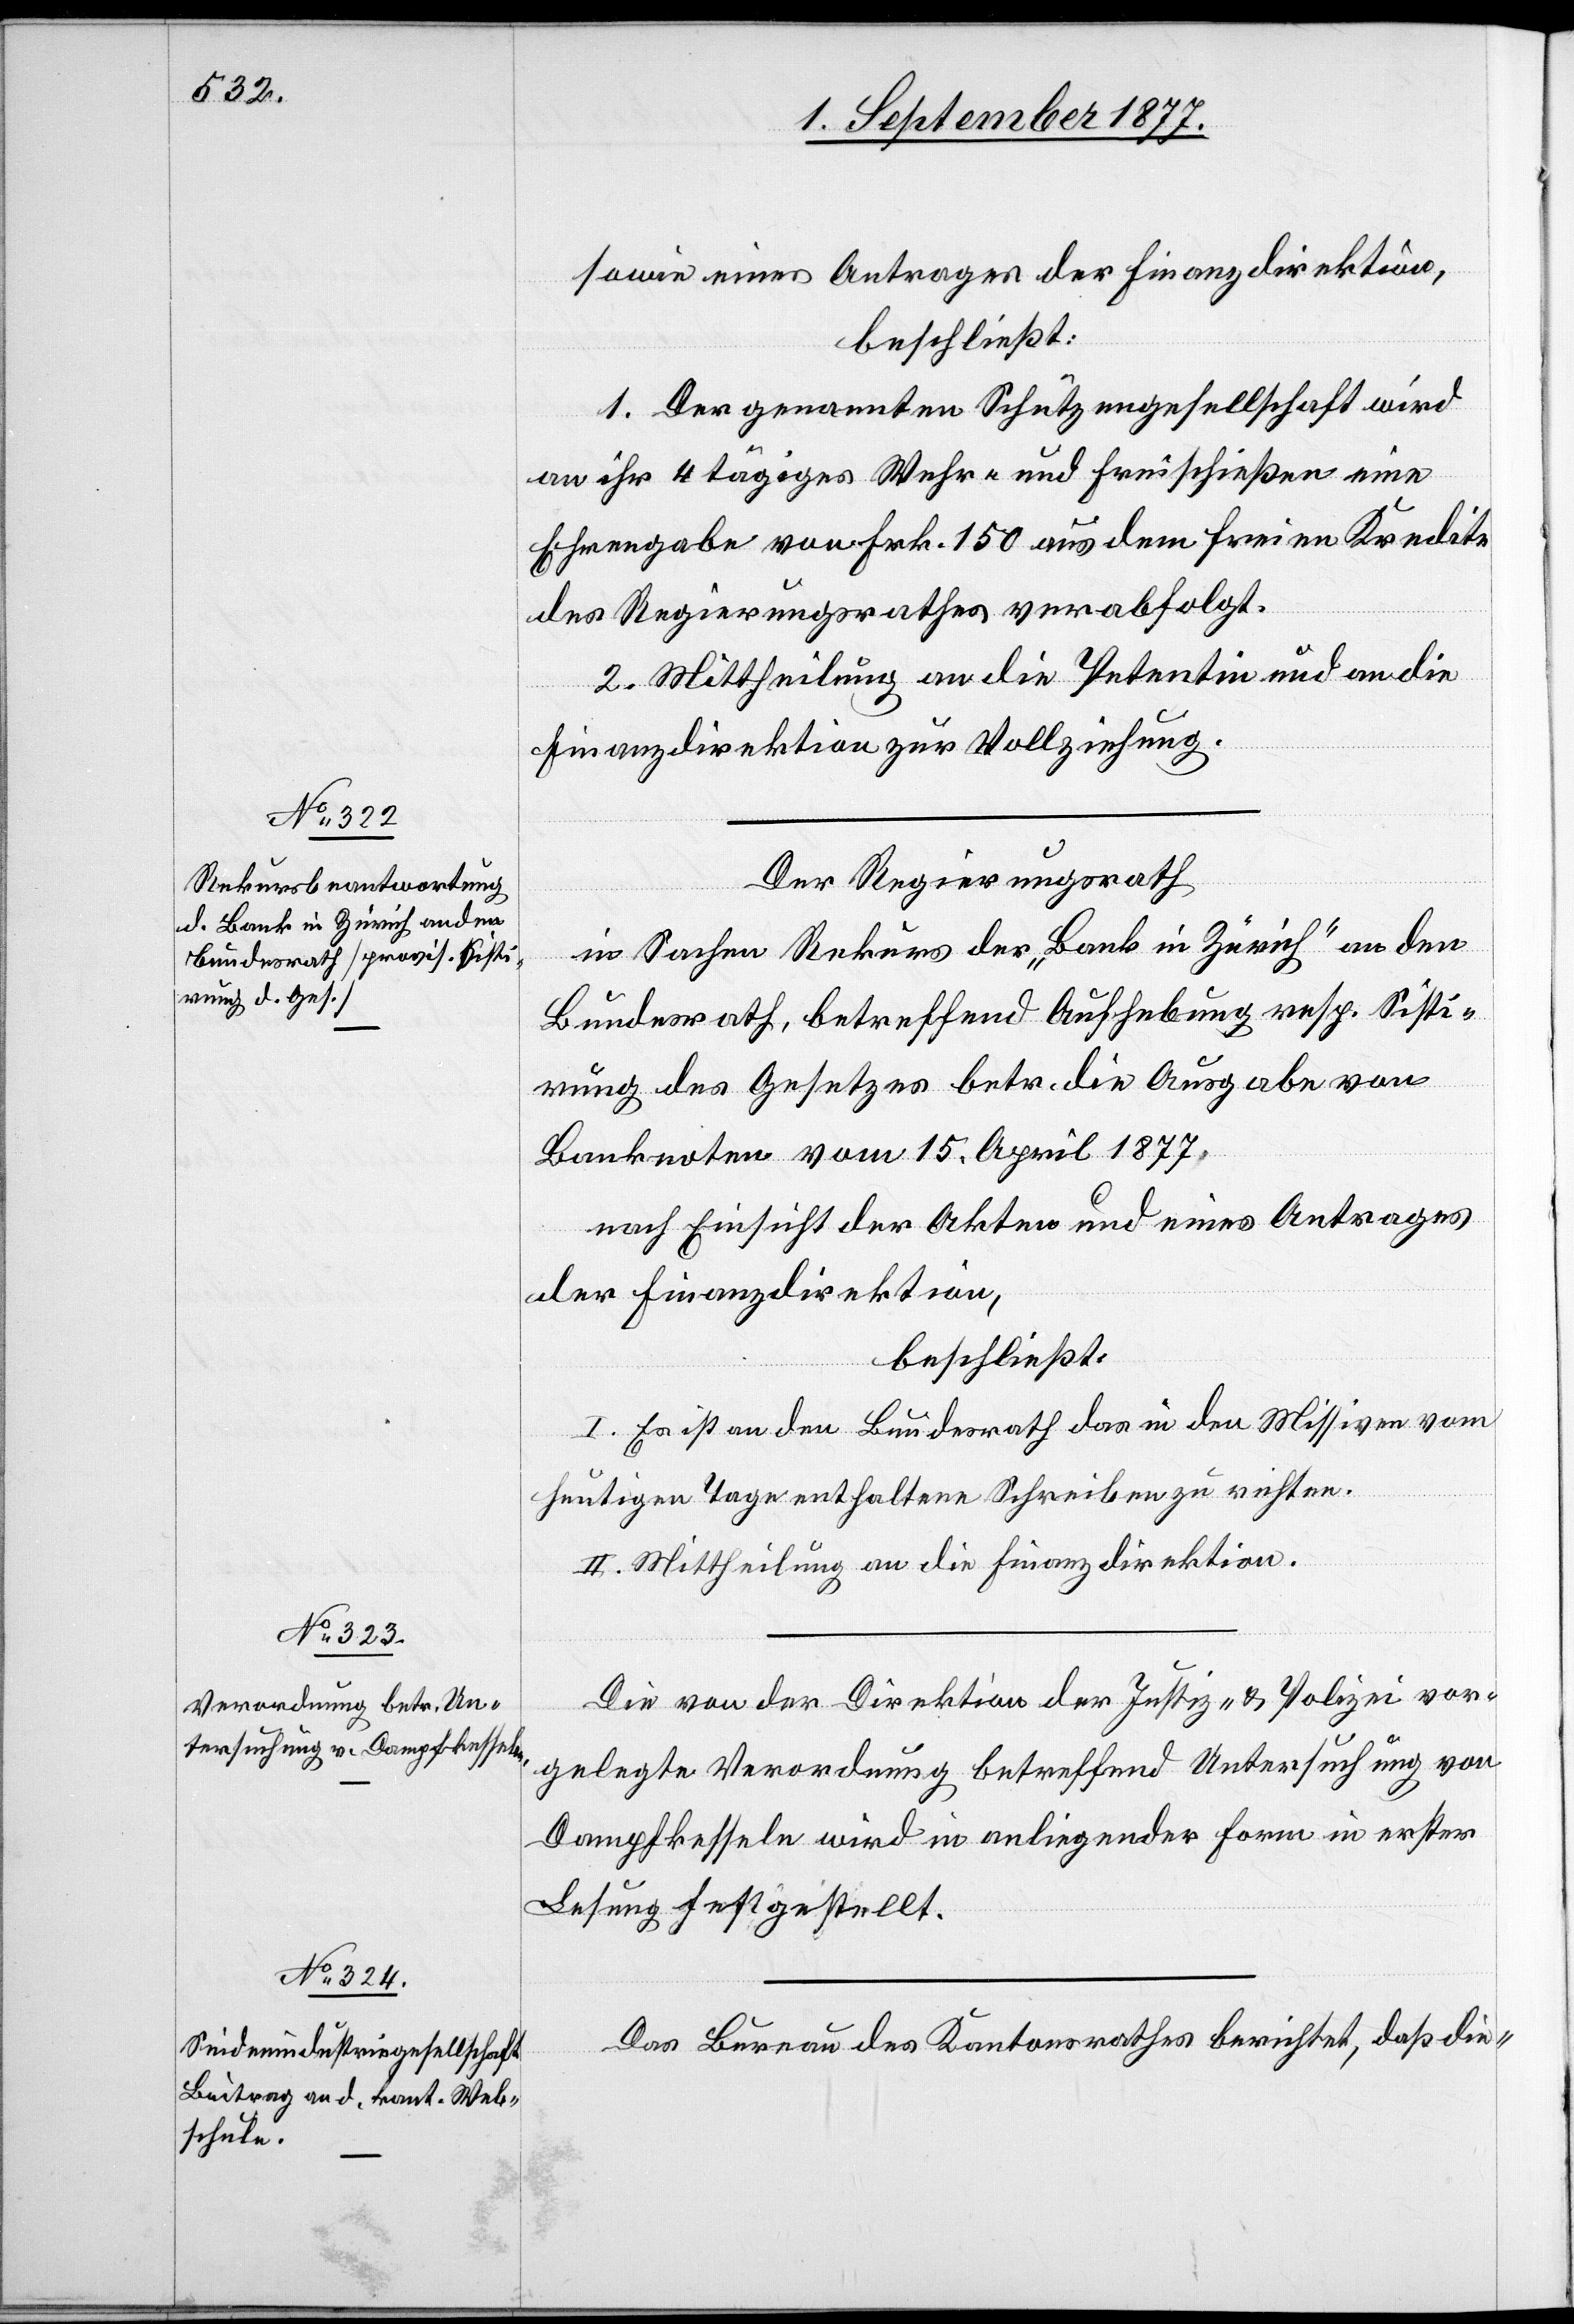
sowie eines Antrages der Finanzdirektion,
beschließt:
1. Der genannten Schützengesellschaft wird
an ihr 4 tägiges Wehr- und Freischießen eine
Ehrengabe von Frk. 150 aus dem freien Kredite
des Regierungsrathes verabfolgt.
2. Mittheilung an die Petentin und an die
Finanzdirektion zur Vollziehung.
Der Regierungsrath
in Sachen Rekurs der „Bank in Zürich“ an den
Bundesrath, betreffend Aufhebung resp. Sisti¬
rung des Gesetzes betr. die Ausgabe von
Banknoten vom 15. April 1877,
nach Einsicht der Akten und eines Antrages
der Finanzdirektion,
beschließt:
I. Es ist an den Bundesrath das in den Missiven vom
heutigen Tage enthaltene Schreiben zu richten.
II. Mittheilung an die Finanzdirektion.
Die von der Direktion der Justiz- & Polizei vor¬
gelegte Verordnung betreffend Untersuchung von
Dampfkesseln wird in anliegender Form in erster
Lesung festgestellt.*
Das Bureau des Kantonsrathes berichtet, daß die-